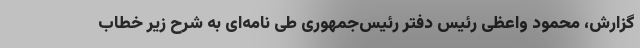
گزارش، محمود واعظی رئیس دفتر رئیس‌جمهوری طی نامه‌ای به شرح زیر خطاب